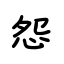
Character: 怨